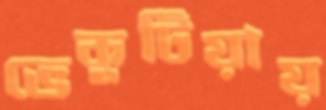
ভেকুটিয়ায়